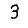
Digit: 3